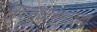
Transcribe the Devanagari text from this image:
मृदसंधारणाच्या